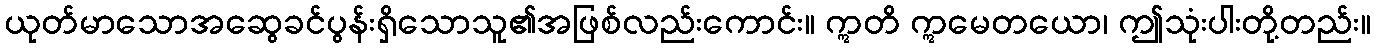
ယုတ်မာသောအဆွေခင်ပွန်းရှိသောသူ၏အဖြစ်လည်းကောင်း။ ဣတိ ဣမေတယော၊ ဤသုံးပါးတို့တည်း။